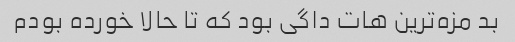
بد مزه‌ترین هات داگی بود که تا حالا خورده بودم